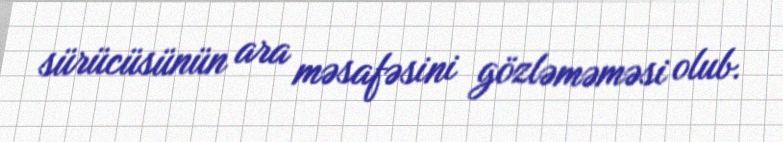
sürücüsünün ara məsafəsini gözləməməsi olub.